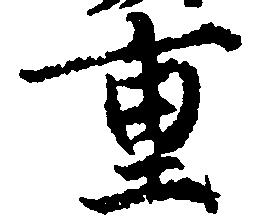
重